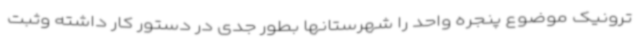
ترونیک موضوع پنجره واحد را شهرستانها بطور جدی در دستور کار داشته وثبت